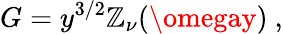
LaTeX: G=y^{3/2}\mathbb{Z}_{\nu}(\omegay)\ ,